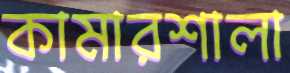
কামারশালা